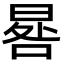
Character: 晷